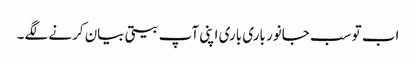
اب تو سب جانور باری باری اپنی آپ بیتی بیان کرنے لگے۔